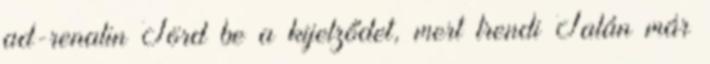
ad-renalin Törd be a kijelződet, mert trendi Talán már